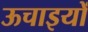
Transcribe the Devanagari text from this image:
ऊचाइयों